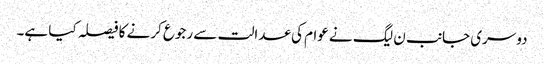
دوسری جانب ن لیگ نے عوام کی عدالت سے رجوع کرنے کا فیصلہ کیا ہے۔